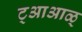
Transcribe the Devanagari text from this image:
ट्आआळ्